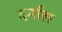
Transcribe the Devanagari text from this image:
दर्नाल